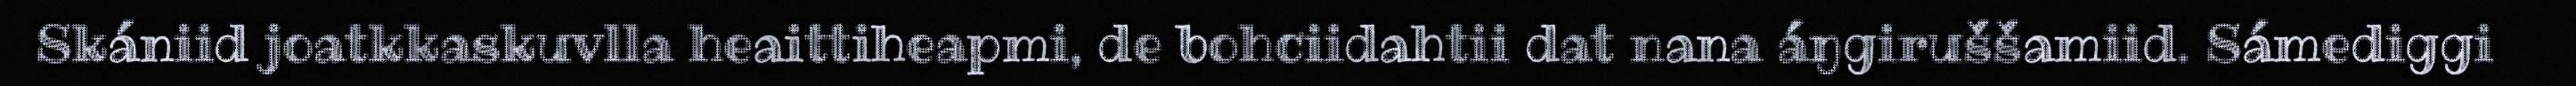
Skániid joatkkaskuvlla heaittiheapmi, de bohciidahtii dat nana áŋgiruššamiid. Sámediggi